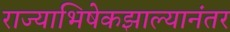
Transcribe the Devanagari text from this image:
राज्याभिषेकझाल्यानंतर